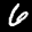
Label: 6